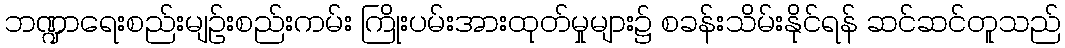
ဘဏ္ဍာရေးစည်းမျဉ်းစည်းကမ်း ကြိုးပမ်းအားထုတ်မှုများ၌ စခန်းသိမ်းနိုင်ရန် ဆင်ဆင်တူသည်